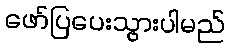
ဖော်ပြပေးသွားပါမည်